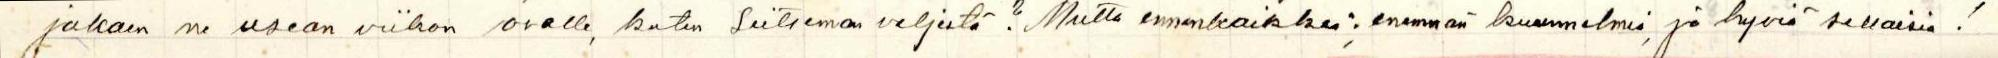
jakaen ne usean viikon osalle, kuten Seitsemän veljestä? Mutta ennenkaikkea:  enemmän kuunnelmia, ja hyviä sellaisia!